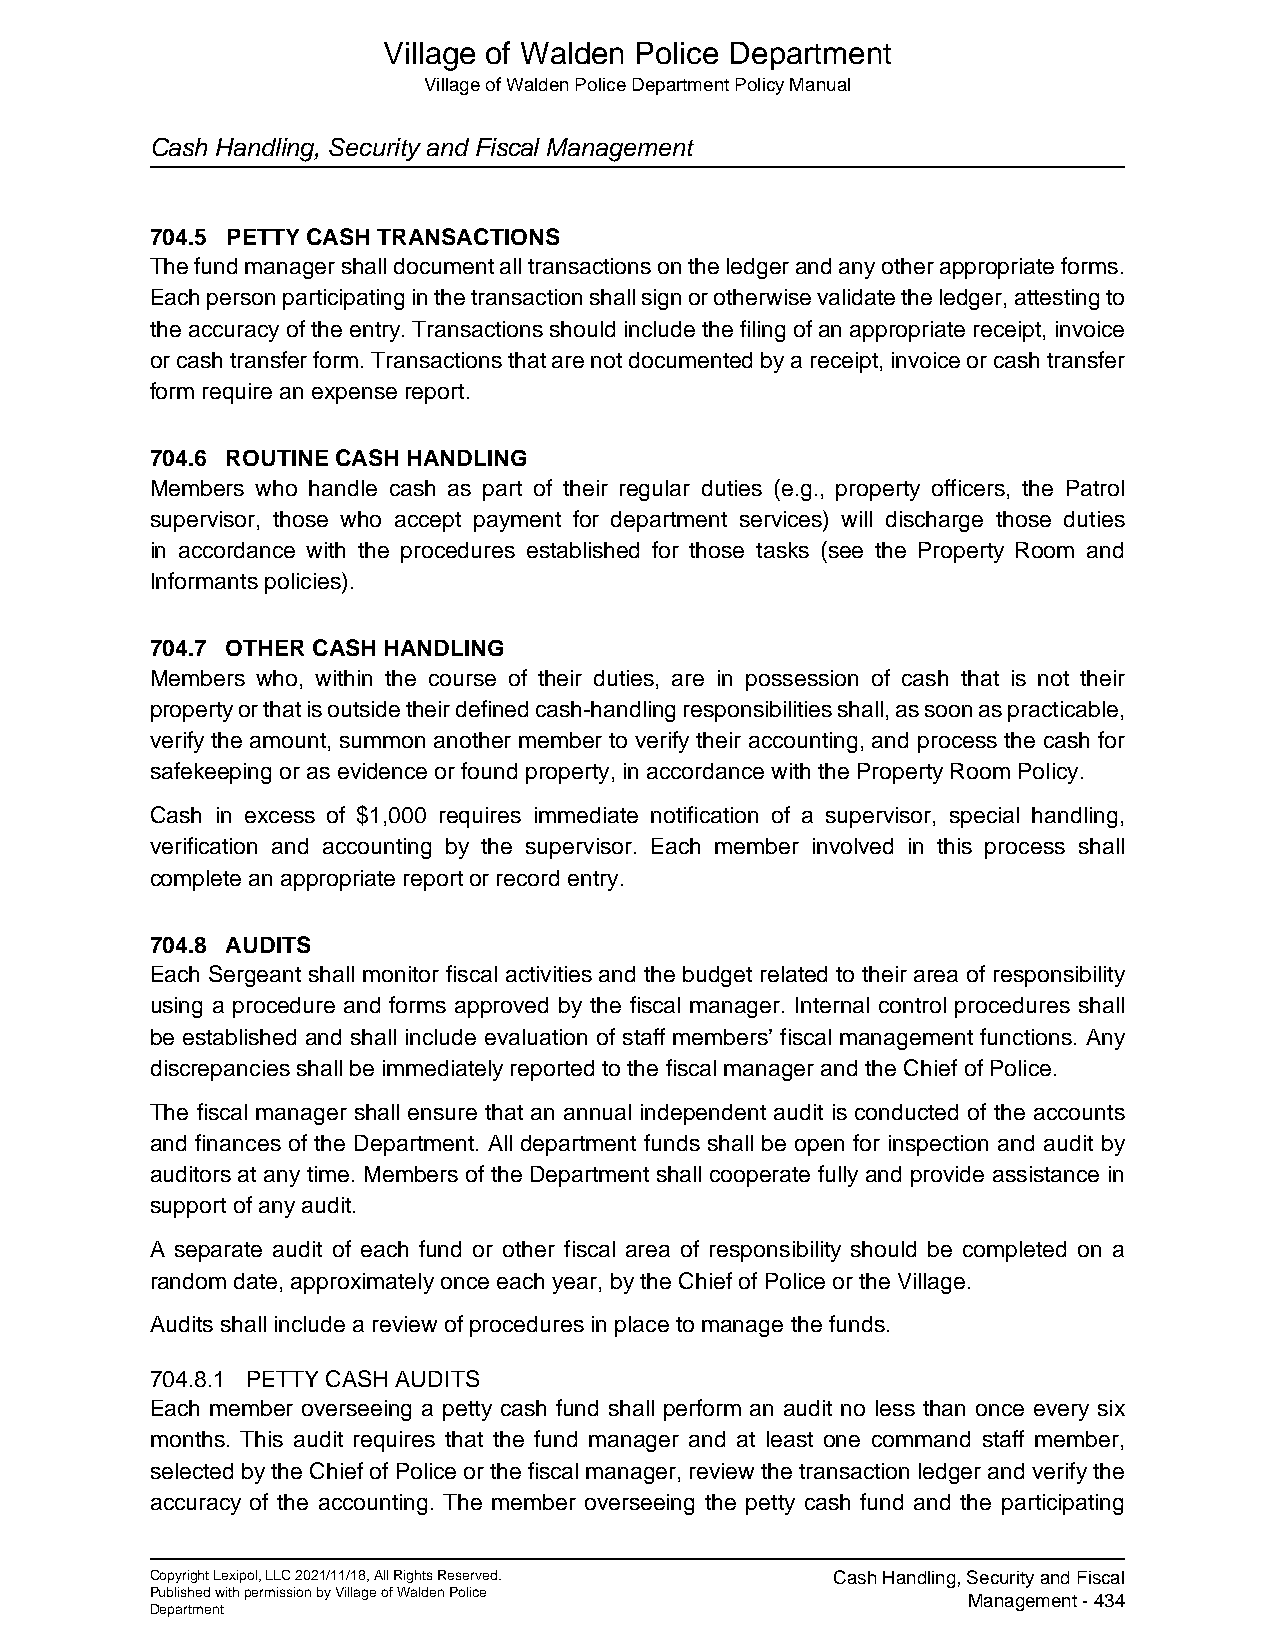
Village of Walden Police Department
 Village of Walden Police Department Policy Manual
 Cash Handling, Security and Fiscal Management
 704.5 PETTY CASH TRANSACTIONS
 The fund manager shall document all transactions on the ledger and any other appropriate forms.
 Each person participating in the transaction shall sign or otherwise validate the ledger, attesting to
 the accuracy of the entry. Transactions should include the filing of an appropriate receipt, invoice
 or cash transfer form. Transactions that are not documented by a receipt, invoice or cash transfer
 form require an expense report.
 704.6 ROUTINE CASH HANDLING
 Members who handle cash as part of their regular duties (e.g., property officers, the Patrol
 supervisor, those who accept payment for department services) will discharge those duties
 in accordance with the procedures established for those tasks (see the Property Room and
 Informants policies).
 704.7 OTHER CASH HANDLING
 Members who, within the course of their duties, are in possession of cash that is not their
 property or that is outside their defined cash-handling responsibilities shall, as soon as practicable,
 verify the amount, summon another member to verify their accounting, and process the cash for
 safekeeping or as evidence or found property, in accordance with the Property Room Policy.
 Cash in excess of $1,000 requires immediate notification of a supervisor, special handling,
 verification and accounting by the supervisor. Each member involved in this process shall
 complete an appropriate report or record entry.
 704.8 AUDITS
 Each Sergeant shall monitor fiscal activities and the budget related to their area of responsibility
 using a procedure and forms approved by the fiscal manager. Internal control procedures shall
 be established and shall include evaluation of staff members’ fiscal management functions. Any
 discrepancies shall be immediately reported to the fiscal manager and the Chief of Police.
 The fiscal manager shall ensure that an annual independent audit is conducted of the accounts
 and finances of the Department. All department funds shall be open for inspection and audit by
 auditors at any time. Members of the Department shall cooperate fully and provide assistance in
 support of any audit.
 A separate audit of each fund or other fiscal area of responsibility should be completed on a
 random date, approximately once each year, by the Chief of Police or the Village.
 Audits shall include a review of procedures in place to manage the funds.
 704.8.1 PETTY CASH AUDITS
 Each member overseeing a petty cash fund shall perform an audit no less than once every six
 months. This audit requires that the fund manager and at least one command staff member,
 selected by the Chief of Police or the fiscal manager, review the transaction ledger and verify the
 accuracy of the accounting. The member overseeing the petty cash fund and the participating
 Copyright Lexipol, LLC 2021/11/18, All Rights Reserved. Cash Handling, Security and Fiscal
 Published with permission by Village of Walden Police Management - 434
 Department